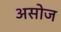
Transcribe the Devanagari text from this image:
असोज